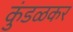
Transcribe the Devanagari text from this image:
कुंडळकर